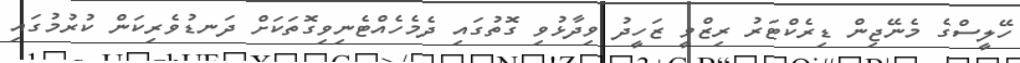
ހޭލީސްގެ މެނޭޖިން ޑިރެކްޓަރު ރިޒްވީ ޒަހީދު ވިދާޅުވި ގޮތުގައި ދެމެހެއްޓެނިވިގޮތަކަށް ދަނޑުވެރިކަން ކުރުމުގައި